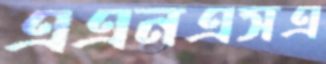
এএনএসএ